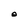
Character: O